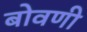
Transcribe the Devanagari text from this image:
बोवणी